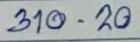
310 - 20